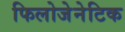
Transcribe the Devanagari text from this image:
फिलोजेनेटिक